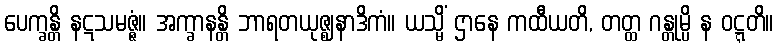
ပေက္ခန္တိ နဋသမဇ္ဇံ။ အက္ခာနန္တိ ဘာရတယုဇ္ဈနာဒိကံ။ ယသ္မိံ ဌာနေ ကထီယတိ, တတ္ထ ဂန္တုမ္ပိ န ဝဋ္ဋတိ။